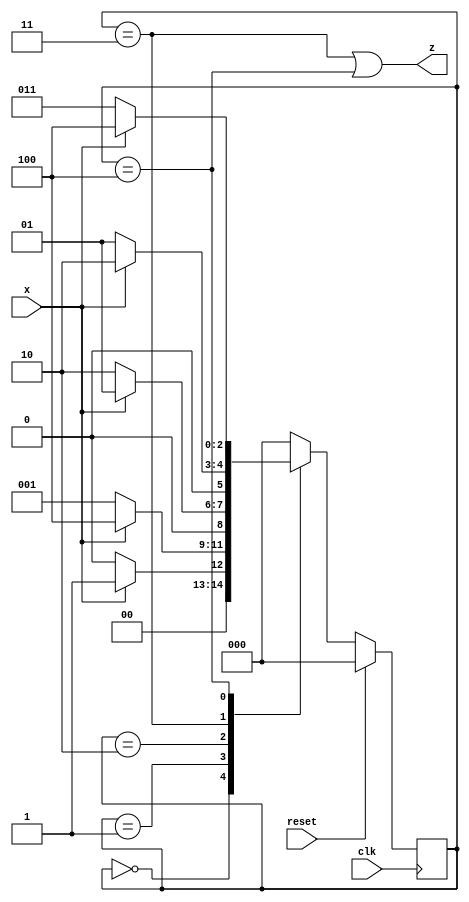
module top_module (
    input clk,
    input reset,   // Synchronous reset
    input x,
    output z
);

    parameter S0=3'b000, S1=3'b001, S2=3'b010, S3=3'b011, S4=3'b100;
    reg [2:0] state, next_state;
    
    // State transition logic (combinational)
	always @(*) begin
        case (state)
            S0: next_state = x ? S1:S0;
            S1: next_state = x ? S4:S1;
            S2: next_state = x ? S1:S2;
            S3: next_state = x ? S2:S1;
            S4: next_state = x ? S4:S3;
            default: next_state = S0;
        endcase
    end
    
    // State flip-flops (sequential)
    always @(posedge clk) begin
        state <= (reset) ? S0:next_state ;
    end
    
    // Output logic
    assign z = (state==S3)|(state==S4);

endmodule